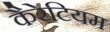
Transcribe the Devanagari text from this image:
कैरेटियम